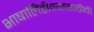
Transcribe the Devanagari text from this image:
भाषालिहीण्यासाठीची